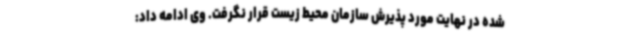
شده در نهایت مورد پذیرش سازمان محیط زیست قرار نگرفت. وی ادامه داد: